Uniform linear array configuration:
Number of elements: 24
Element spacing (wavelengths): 1
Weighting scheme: binomial
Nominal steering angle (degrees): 45
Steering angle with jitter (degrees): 43.04
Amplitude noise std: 0.05
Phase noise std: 0.05

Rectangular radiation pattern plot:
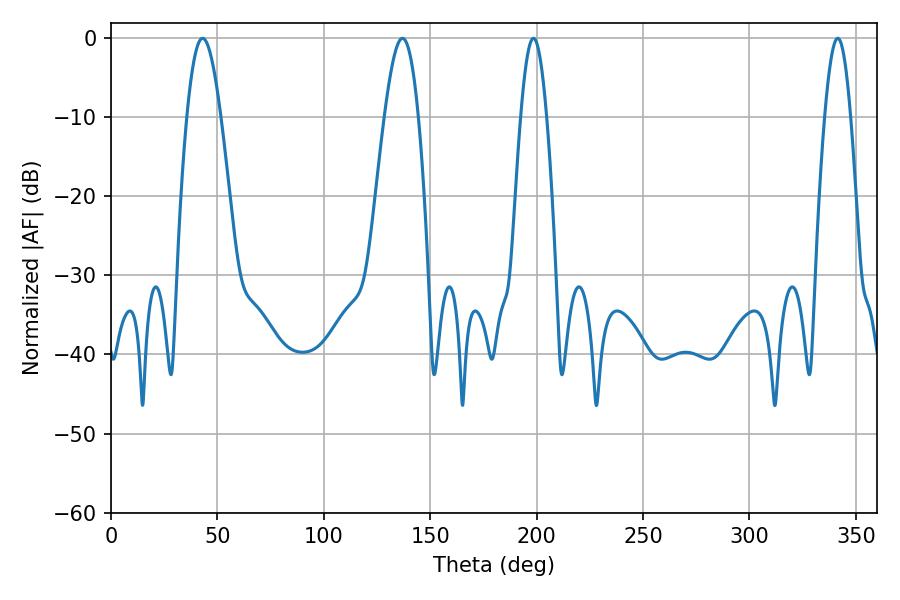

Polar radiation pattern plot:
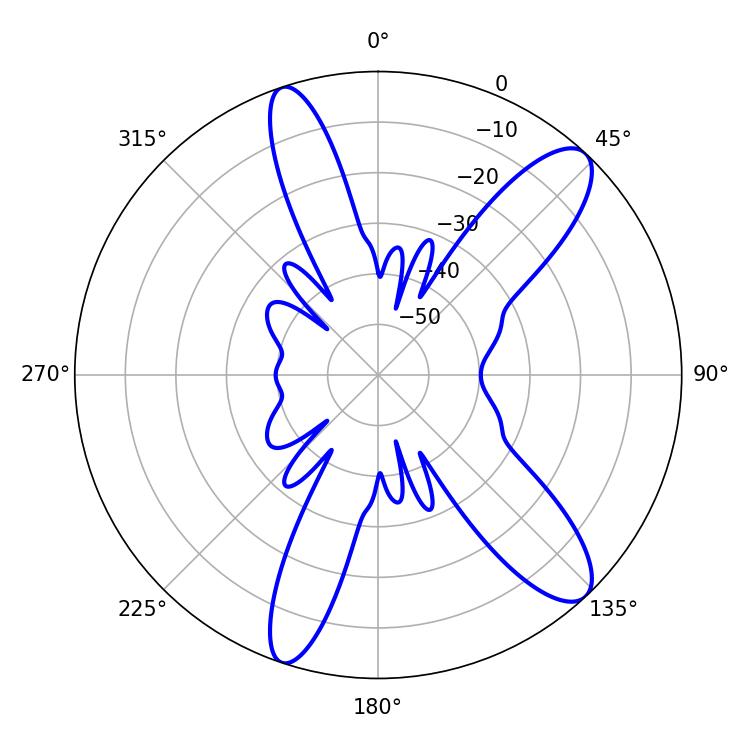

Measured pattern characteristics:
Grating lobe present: TRUE
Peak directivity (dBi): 11.4
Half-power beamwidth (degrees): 8.64
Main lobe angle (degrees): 43.02